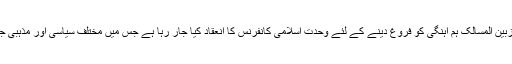
تین روز جاری رہنے والے مرکزی تنظیمی کنونشن کے آخر ی روزبین المسالک ہم آہنگی کو فروغ دینے کے لئے وحدت اسلامی کانفرنس کا انعقاد کیا جار رہا ہے جس میں مختلف سیاسی اور مذہبی جماعتوں کے اکابرین، علما اکرام،دانشورحضرات شرکت کریں گئے۔